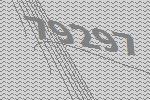
79297